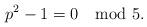
LaTeX: \begin{align*} p^2-1= 0 \mod 5.\end{align*}